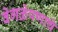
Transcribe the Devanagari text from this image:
वेगळेपणाचे